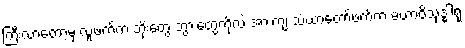
ကြီးလာတော့မှ လူ့ဖက်က ဘိုးတွေ ဘွားတွေကိုလဲ အားကျ သံဃာတော်ဖက်က မဟာဝိသုဒ္ဓါရုံ